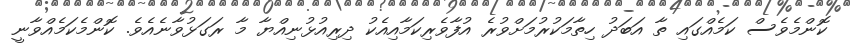
ކޮންމެވެސް ކަމެއްގައި ތާ އަބަދު ހިތާމަކުރުމަށްވުރެ އުފާވެރިކަމާއިއެކު ދިރިއުޅުނިއްޔާ މާ ރަގަޅުވާނެއެވެ. ކޮންމެކަމެއްވާނީ